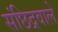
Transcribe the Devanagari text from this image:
संछिद्रवाले